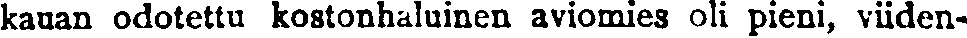
kauan odotettu kostonhaluinen aviomies oli pieni, viiden-